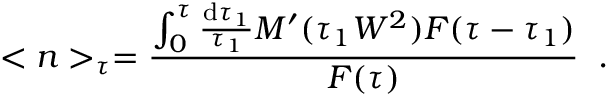
< n > _ { \tau } = \frac { \int _ { 0 } ^ { \tau } \frac { \mathrm { d } \tau _ { 1 } } { \tau _ { 1 } } M ^ { \prime } ( \tau _ { 1 } W ^ { 2 } ) F ( \tau - \tau _ { 1 } ) } { F ( \tau ) } \; \; .